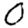
Digit: 0